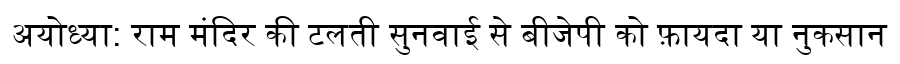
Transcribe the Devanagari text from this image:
अयोध्या: राम मंदिर की टलती सुनवाई से बीजेपी को फ़ायदा या नुकसान